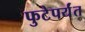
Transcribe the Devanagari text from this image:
फुटेपर्यंत